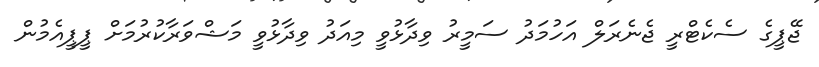
ޖޭޕީގެ ސެކެޓްރީ ޖެނެރަލް އަހުމަދު ސަމީރު ވިދާޅުވީ މިއަދު ވިދާޅުވީ މަޝްވަރާކުރުމަށް ޕީޕީއެމުން